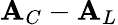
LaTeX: {\mathbf A}_{C}-{\mathbf A}_{L}